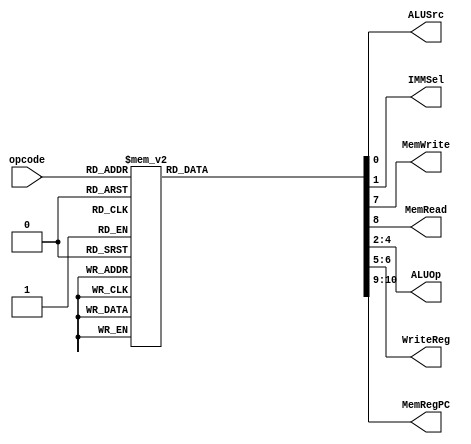
`timescale 1ns / 1ps
//////////////////////////////////////////////////////////////////////////////////
// Company: 
// Engineer: 
// 
// Design Name: 
// Module Name:    main_control 
// Project Name: 
// Target Devices: 
// Tool versions: 
// Description: 
//
// Dependencies: 
//
// Revision: 
// Revision 0.01 - File Created
// Additional Comments: 
//
//////////////////////////////////////////////////////////////////////////////////
module main_control(
	input [3:0] opcode,
	output reg ALUSrc,
					IMMSel,
					MemWrite,
					MemRead,
	output reg [2:0] ALUOp,
	output reg [1:0] WriteReg,
					MemRegPC
    );

	//assign x = 1'b0;
	always @(*) begin
	case(opcode)
		4'b0001: begin //ALU-1
			ALUSrc <= 1;
			IMMSel <= 0;
			ALUOp <= 3'b100;
			WriteReg <= 2'b10;
			MemWrite <= 0;
			MemRead <= 0;
			MemRegPC <= 2'b10;
		end
		4'b0010: begin //addi-2
			ALUSrc <= 0;
			IMMSel <= 1;
			ALUOp <= 3'b110;
			WriteReg <= 2'b10;
			MemWrite <= 0;
			MemRead <= 0;
			MemRegPC <= 2'b10;
		end
		4'b0011: begin	//compi-3
			ALUSrc <= 0;
			IMMSel <= 1;
			ALUOp <= 3'b101;
			WriteReg <= 2'b10;
			MemWrite <= 0;
			MemRead <= 0;
			MemRegPC <= 2'b10;
		end
		4'b0100: begin	//lw-4
			ALUSrc <= 0;
			IMMSel <= 0;
			ALUOp <= 3'b001;
			WriteReg <= 2'b11;
			MemWrite <= 0;
			MemRead <= 1;
			MemRegPC <= 2'b11;
		end
		4'b0101: begin	//sw-5
			ALUSrc <= 0;
			IMMSel <= 0;
			ALUOp <= 3'b001;
			WriteReg <= 2'b00;
			MemWrite <= 1;
			MemRead <= 0;
			MemRegPC <= 2'b00;
		end
		4'b0110: begin //b-6
			ALUSrc <= 0;
			IMMSel <= 0;
			ALUOp <= 3'b000;
			WriteReg <= 2'b00;
			MemWrite <= 0;
			MemRead <= 0;
			MemRegPC <= 2'bxx;
		end
		4'b0111: begin //br-7
			ALUSrc <= 0;
			IMMSel <= 0;
			ALUOp <= 3'b000;
			WriteReg <= 2'b00;
			MemWrite <= 0;
			MemRead <= 0;
			MemRegPC <= 2'b00;
		end
		4'b1000: begin //bltz-8
			ALUSrc <= 0;
			IMMSel <= 0;
			ALUOp <= 3'b000;
			WriteReg <= 2'b00;
			MemWrite <= 0;
			MemRead <= 0;
			MemRegPC <= 2'b00;
		end
		4'b1001: begin //bz-9
			ALUSrc <= 0;
			IMMSel <= 0;
			ALUOp <= 3'b000;
			WriteReg <= 2'b00;
			MemWrite <= 0;
			MemRead <= 0;
			MemRegPC <= 2'b00;
		end
		4'b1010: begin //bnz-10
			ALUSrc <= 0;
			IMMSel <= 0;
			ALUOp <= 3'b000;
			WriteReg <= 2'b00;
			MemWrite <= 0;
			MemRead <= 0;
			MemRegPC <= 2'b00;
		end
		4'b1011: begin //bl-11
			ALUSrc <= 0;
			IMMSel <= 0;
			ALUOp <= 3'b000;
			WriteReg <= 2'b01;
			MemWrite <= 0;
			MemRead <= 0;
			MemRegPC <= 2'b00;
		end
		4'b1100: begin //bcy-12
			ALUSrc <= 0;
			IMMSel <= 0;
			ALUOp <= 3'b000;
			WriteReg <= 2'b00;
			MemWrite <= 0;
			MemRead <= 0;
			MemRegPC <= 2'b00;
		end
		4'b1101: begin //br-13
			ALUSrc <= 0;
			IMMSel <= 0;
			ALUOp <= 3'b000;
			WriteReg <= 2'b00;
			MemWrite <= 0;
			MemRead <= 0;
			MemRegPC <= 2'b00;
		end
		4'b1110: begin //diff-14
			ALUSrc <= 1;
			IMMSel <= 0;
			ALUOp <= 3'b111;
			WriteReg <= 2'b10;
			MemWrite <= 0;
			MemRead <= 0;
			MemRegPC <= 2'b10;
		end
		default begin
			ALUSrc <= 0;
			IMMSel <= 0;
			ALUOp <= 3'b000;
			WriteReg <= 2'b00;
			MemWrite <= 0;
			MemRead <= 0;
			MemRegPC <= 2'b00;
		end
		endcase
end

endmodule